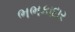
ભભકાદાર